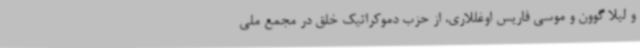
و لیلا گوون و موسی فاریس اوغللاری، از حزب دموکراتیک خلق در مجمع ملی